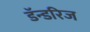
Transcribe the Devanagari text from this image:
डॅन्डरिज